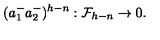
( a _ { 1 } ^ { - } a _ { 2 } ^ { - } ) ^ { h - n } : { \cal F } _ { h - n } \rightarrow 0 .